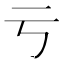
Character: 亏